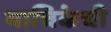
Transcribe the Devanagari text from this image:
याचिकेची